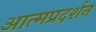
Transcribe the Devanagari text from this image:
आत्मप्रदर्शन